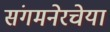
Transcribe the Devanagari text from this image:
संगमनेरचेया